Annual report on the Civil Veterinary Department, Burma (including the Insein Veterinary School) - 1910-1922
Year: 1910
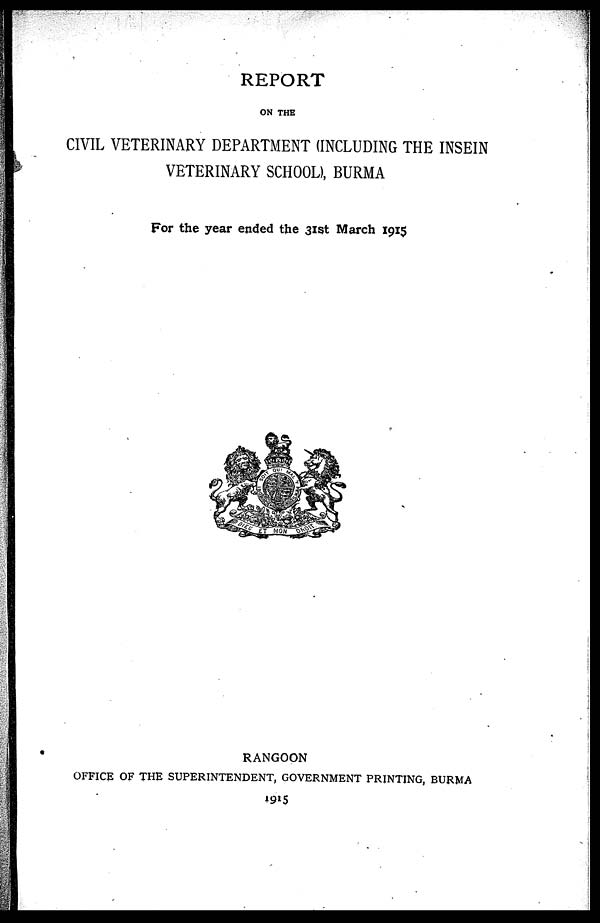
REPORT
ON THE
CIVIL VETERINARY DEPARTMENT (INCLUDING THE INSEIN
VETERINARY SCHOOL), BURMA
For the year ended the 31st March 1915
RANGOON
OFFICE OF THE SUPERINTENDENT, GOVERNMENT PRINTING, BURMA
1915